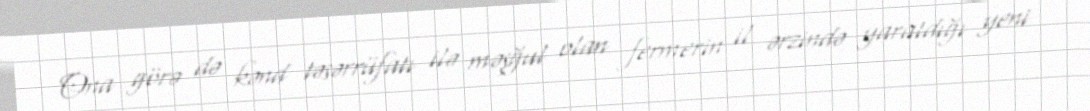
Ona görə də kənd təsərrüfatı ilə məşğul olan fermerin il ərzində yaratdığı yeni